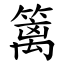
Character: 篱